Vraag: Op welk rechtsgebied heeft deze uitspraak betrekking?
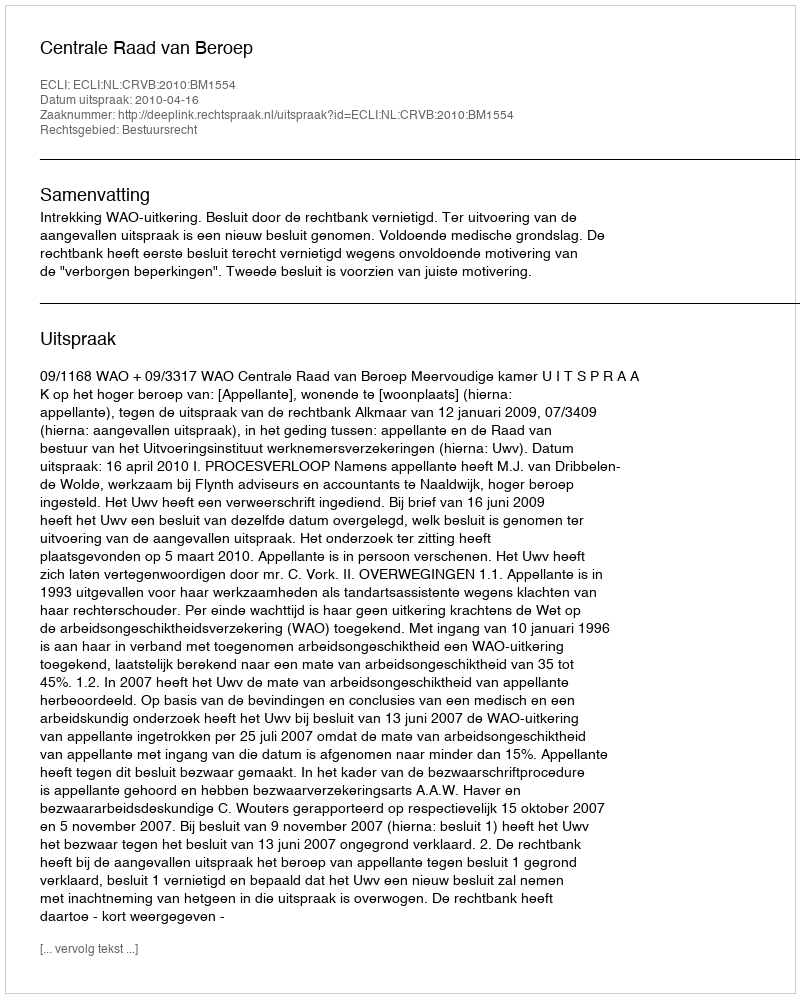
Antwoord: Bestuursrecht